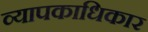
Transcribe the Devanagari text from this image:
व्यापकाधिकार